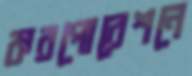
করপোরেশনে